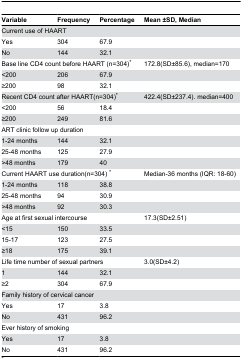
| Variable | Frequency | Percentage | Mean ±SD, Median |
 | --- | --- | --- | --- |
 | <COLSPAN=4> Current use of HAART |
 | Yes | 304 | 67.9 |  |
 | No | 144 | 32.1 |  |
 | <COLSPAN=3> Base line CD4 count before HAART (n=304)* | 172.8(SD±85.6), median=170 |
 | <200 | 206 | 67.9 |  |
 | ≥200 | 98 | 32.1 |  |
 | <COLSPAN=3> Recent CD4 count after HAART(n=304)* | 422.4(SD±237.4). median=400 |
 | <200 | 56 | 18.4 |  |
 | ≥200 | 249 | 81.6 |  |
 | <COLSPAN=3> ART clinic follow up duration |  |
 | 1-24 months | 144 | 32.1 |  |
 | 25-48 months | 125 | 27.9 |  |
 | >48 months | 179 | 40 |  |
 | <COLSPAN=3> Current HAART use duration(n=304) * | Median-36 months (IQR: 18-60) |
 | 1-24 months | 118 | 38.8 |  |
 | 25-48 months | 94 | 30.9 |  |
 | >48 months | 92 | 30.3 |  |
 | <COLSPAN=3> Age at first sexual intercourse | 17.3(SD±2.51) |
 | <15 | 150 | 33.5 |  |
 | 15-17 | 123 | 27.5 |  |
 | ≥18 | 175 | 39.1 |  |
 | <COLSPAN=3> Life time number of sexual partners | 3.0(SD±4.2) |
 | 1 | 144 | 32.1 |  |
 | ≥2 | 304 | 67.9 |  |
 | <COLSPAN=3> Family history of cervical cancer |  |
 | Yes | 17 | 3.8 |  |
 | No | 431 | 96.2 |  |
 | <COLSPAN=3> Ever history of smoking |  |
 | Yes | 17 | 3.8 |  |
 | No | 431 | 96.2 |  |